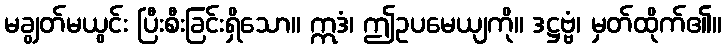
မချွတ်မယွင်း ပြီးစီးခြင်းရှိသော။ ဣဒံ၊ ဤဥပမေယျကို။ ဒဋ္ဌဗ္ဗံ၊ မှတ်ထိုက်၏။